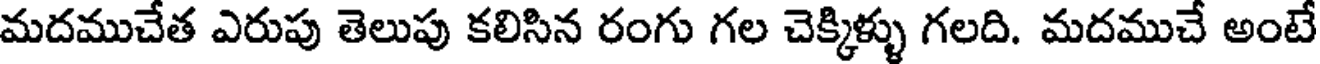
మదముచేత ఎరుపు తెలుపు కలిసిన రంగు గల చెక్కిళ్ళు గలది. మదముచే అంటే